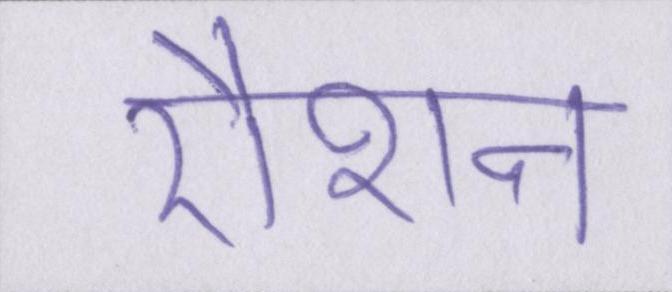
रौशन